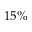
1 5 \%